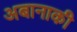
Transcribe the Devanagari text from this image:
अबानाकी